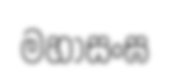
මහාසංඝ